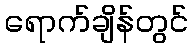
ရောက်ချိန်တွင်